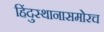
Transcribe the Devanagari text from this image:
हिंदुस्थानासमोरच